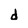
Character: d